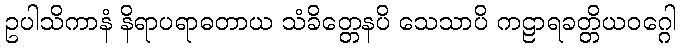
ဥပါသိကာနံ နိရာပရာဓတာယ သံခိတ္တေနပိ သေသာပိ ကဠာရခတ္တိယဝဂ္ဂေါ